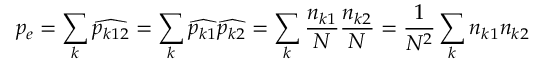
p _ { e } = \sum _ { k } { \widehat { p _ { k 1 2 } } } = \sum _ { k } { \widehat { p _ { k 1 } } } { \widehat { p _ { k 2 } } } = \sum _ { k } { \frac { n _ { k 1 } } { N } } { \frac { n _ { k 2 } } { N } } = { \frac { 1 } { N ^ { 2 } } } \sum _ { k } n _ { k 1 } n _ { k 2 }